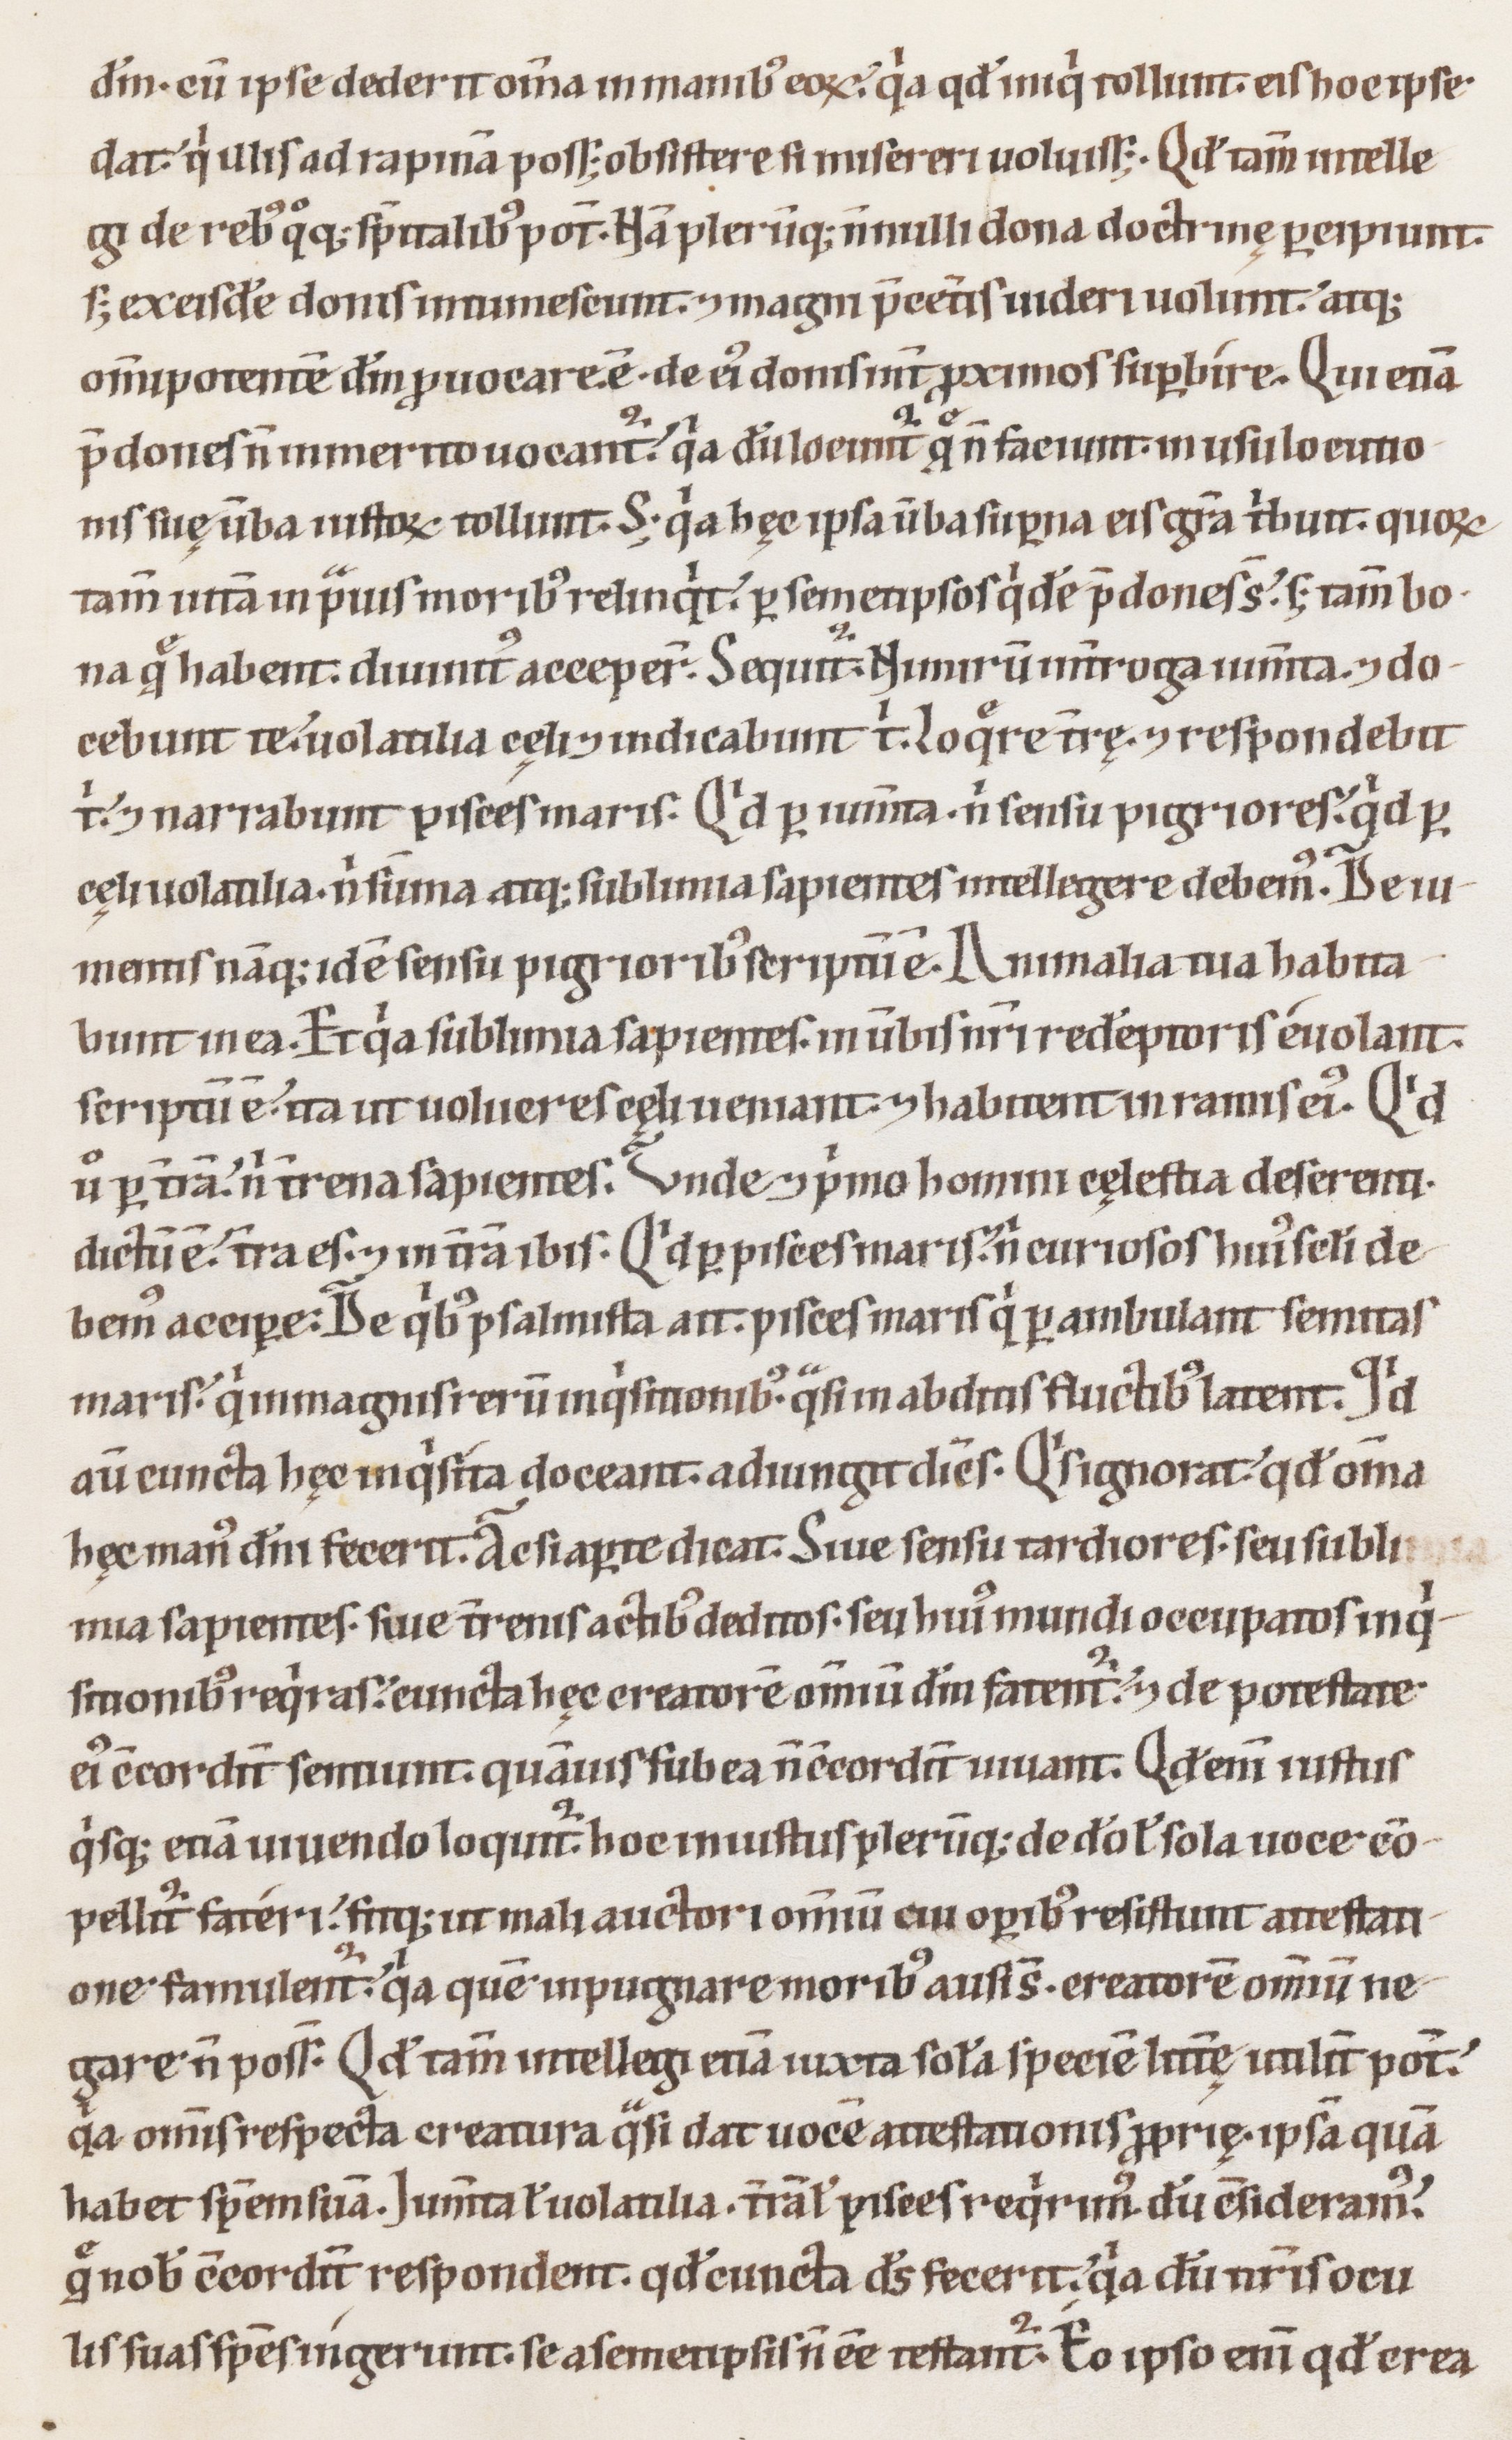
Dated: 1100–1199